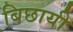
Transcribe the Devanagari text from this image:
बिछायी